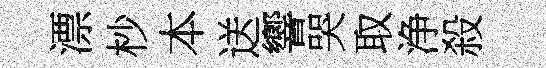
漂杪本送響哭取浄殺